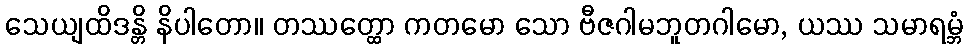
သေယျထိဒန္တိ နိပါတော။ တဿတ္ထော ကတမော သော ဗီဇဂါမဘူတဂါမော, ယဿ သမာရမ္ဘံ